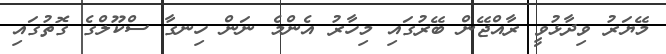
މޭޔަރު ވިދާޅުވީ ރާއްޖޭން ބޭރުގައި މިހާރު އެންމެ ނަން ހިނގާ ސްކޫލްގެ ގޮތުގައި